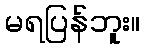
မရပြန်ဘူး။